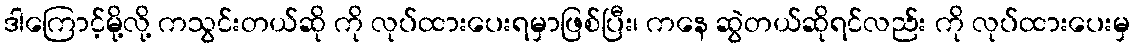
ဒါကြောင့်မို့လို့ ကသွင်းတယ်ဆို ကို လုပ်ထားပေးရမှာဖြစ်ပြီး၊ ကနေ ဆွဲတယ်ဆိုရင်လည်း ကို လုပ်ထားပေးမှ